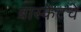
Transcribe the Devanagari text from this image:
बास्केटचे